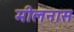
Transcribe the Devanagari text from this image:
मीलनास